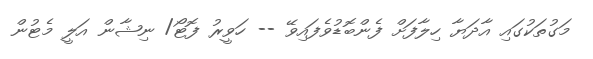
މަގުތަކުގައި އާދަޔާ ހިލާފަށް ފެންބޮޑުވެފައިވޭ -- ހަވީރު ފޮޓޯ/ ނިޝާން އަލީ މެޓުން